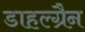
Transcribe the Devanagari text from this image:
डाहल्ग्रैन